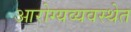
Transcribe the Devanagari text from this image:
आरोग्यव्यवस्थेत